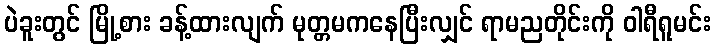
ပဲခူးတွင် မြို့စား ခန့်ထားလျက် မုတ္တမကနေပြီးလျှင် ရာမညတိုင်းကို ဝါရီရူမင်း